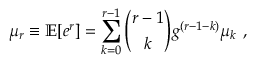
\mu _ { r } \equiv \mathbb { E } [ e ^ { r } ] = \sum _ { k = 0 } ^ { r - 1 } \binom { r - 1 } { k } g ^ { ( r - 1 - k ) } \mu _ { k } \mathrm { ~ , ~ }